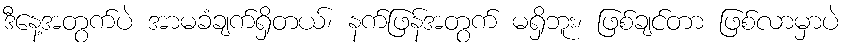
ဒီနေ့အတွက်ပဲ အာမခံချက်ရှိတယ်၊ နက်ဖြန်အတွက် မရှိဘူး၊ ဖြစ်ချင်တာ ဖြစ်လာမှာပဲ